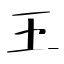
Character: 王